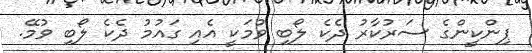
ޕިންކީންގެ ސަރުކާރު ދެކެ ލޯބި ވުމަކީ އެއި ގައުމު ދެކެ ލޯބި ވުމޭ.